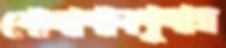
পোলাপানগুলার